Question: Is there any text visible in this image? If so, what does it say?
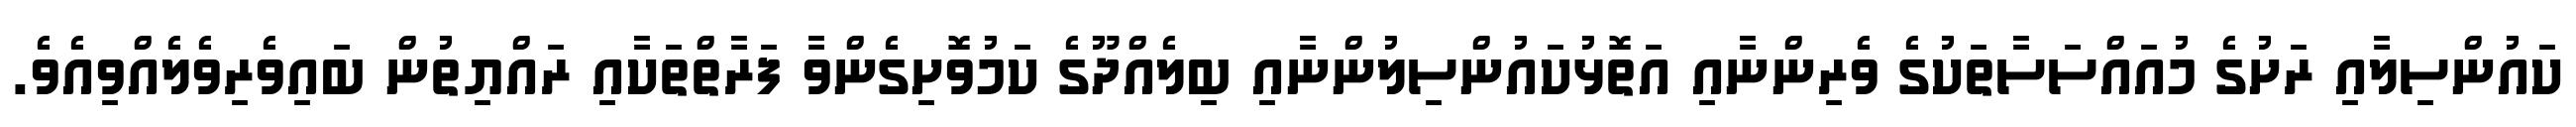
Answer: ކައުންސިލާއި ރަށުގެ މުއައްސަސާތަކުގެ ވެރިންނާއި އަތޮޅުކައުންސިލުންނާއި ބިލެއްދޫގެ ކަމުވޮށިގެންވާ ފަރާތްތަކާއި ރައްޔިތުން ބައިވެރިވެލެއްވިއެވެ.